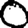
Digit: 0